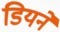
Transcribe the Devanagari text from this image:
डियर्ने